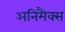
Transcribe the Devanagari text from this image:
अनिमैक्स